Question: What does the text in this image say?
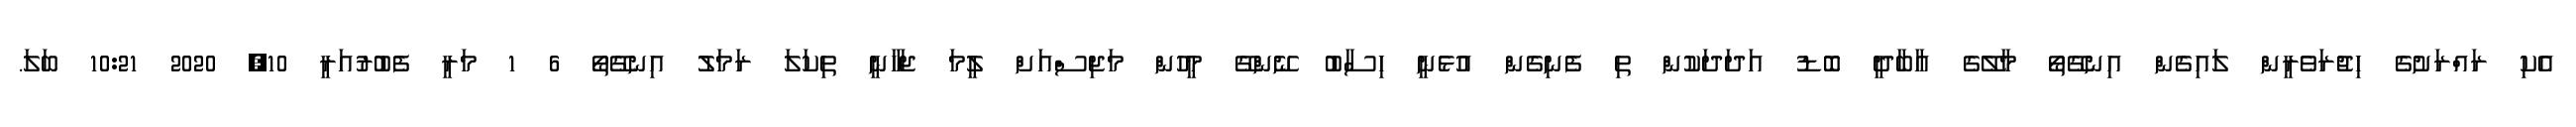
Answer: އެކި ރައްރަށުގެ ހިޖުރަވެރީން ލައިގެން އިނގޭތޯ މާލޭގެ އާބާދީ ބޮޑު އަދަދަކުން ތި ފެނިގެން އުޅެނީ ހިސާބު ނޭންގޭ މީހުން މަޖިސްއަށް ލީމަ ޖަހާނީ ތިކަލަ ރަމަލު އިނގޭތޯ 6 1 މަރީ ފެބުރުއަރީ 10, 2020 10:21 ބަލަ.